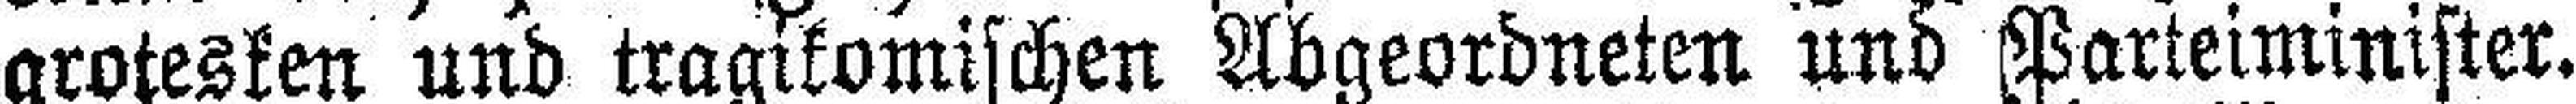
groresken und tragikomischen Abgeordneten und Parteiminister.